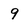
Character: 9